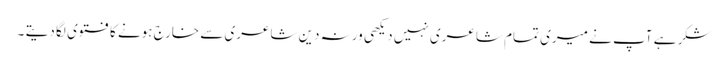
شکر ہے آپ نے میری تمام شاعری نہیں دیکھی ورنہ دین شاعری سے خارج ہونے کا فتوی لگا دیتے ۔